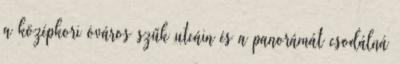
a középkori óváros szűk utcáin és a panorámát csodálná